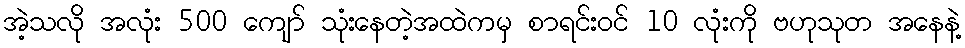
အဲ့သလို အလုံး 500 ကျော် သုံးနေတဲ့အထဲကမှ စာရင်းဝင် 10 လုံးကို ဗဟုသုတ အနေနဲ့